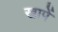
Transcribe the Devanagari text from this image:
खापें